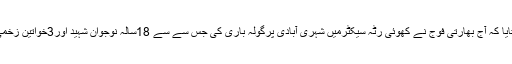
انہوں نے بتایا کہ آج بھارتی فوج نے کھوئی رٹہ سیکٹرمیں شہری آبادی پرگولہ باری کی جس سے سے 18سالہ نوجوان شہید اور3خواتین زخمی ہوگئےں ۔